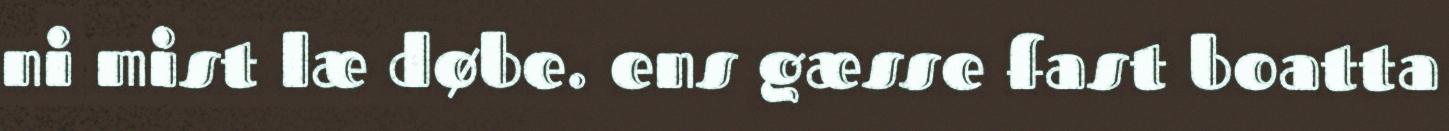
ni mist læ døbe. ens gæsse fast boatta